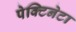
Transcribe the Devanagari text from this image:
पेक्टिनेटा